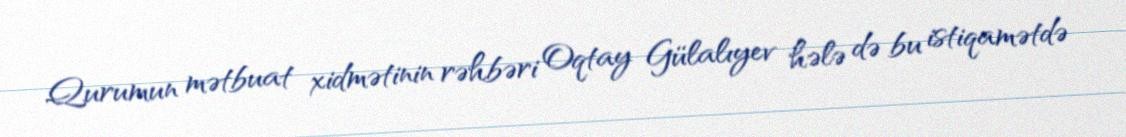
Qurumun mətbuat xidmətinin rəhbəri Oqtay Gülalıyev hələ də bu istiqamətdə